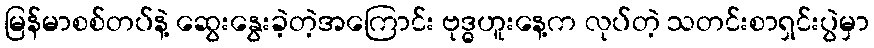
မြန်မာစစ်တပ်နဲ့ ဆွေးနွေးခဲ့တဲ့အကြောင်း ဗုဒ္ဓဟူးနေ့က လုပ်တဲ့ သတင်းစာရှင်းပွဲမှာ